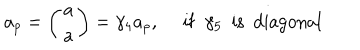
LaTeX: a _ { p } = \left( \begin{array} { c } { { a } } \\ { { a } } \\ \end{array} \right) = \gamma _ { 4 } a _ { p } , ~ ~ \mathrm { i f } ~ ~ \gamma _ { 5 } ~ ~ \mathrm { i s ~ ~ d i a g o n a l } \nonumber